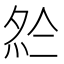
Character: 𡖗